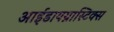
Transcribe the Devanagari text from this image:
आईडायग्नास्टिक्स